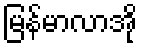
မြန်မာလာအို